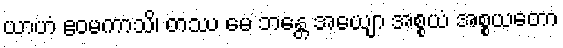
ယာဟံ ဧဝမကာသိ၊ တဿ မေ ဘန္တေ အယျော အစ္စယံ အစ္စယတော